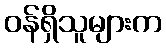
ဝန်ရှိသူများက